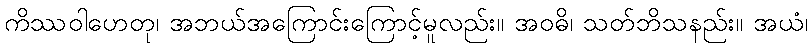
ကိဿဝါဟေတု၊ အဘယ်အကြောင်းကြောင့်မူလည်း။ အဝဓိ၊ သတ်ဘိသနည်း။ အယံ၊